Lunatic asylums in Bengal annual reports 1899-1911 - 1899-1911
Year: 1899
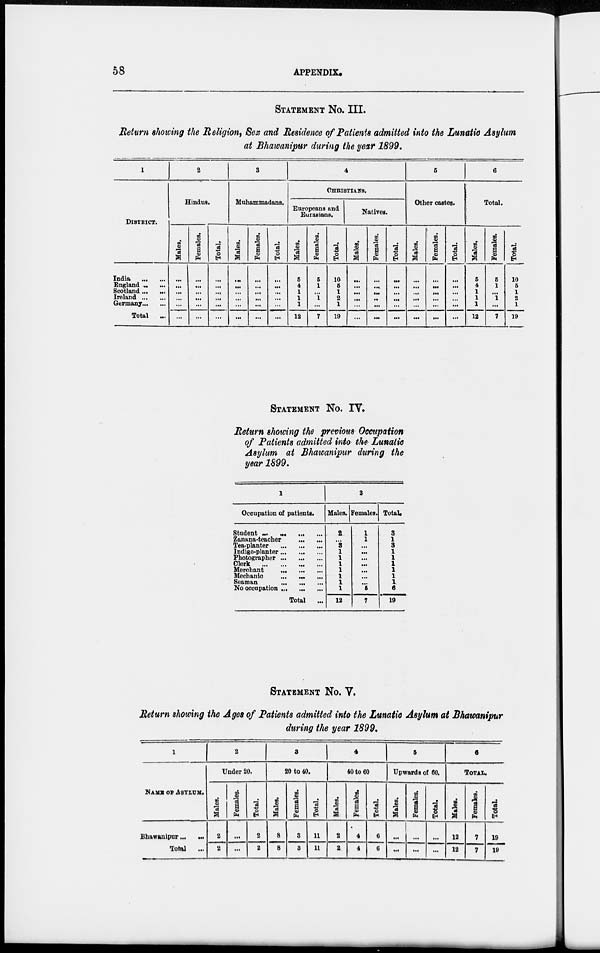
58
APPENDIX.
STATEMENT No. III.
Return showing the Religion, Sex and Residence of Patients admitted into the Lunatic Asylum
at Bhawanipur during the year 1899.
1
DISTRICT.
India ... ...
England ... ...
Scotland ... ...
Ireland ... ...
Germany ... ...
Total ...
2
Hindus.
Males.
...
...
...
...
...
...
Females.
...
...
...
...
...
...
Total.
...
...
...
...
...
...
3
Muhammadans.
Males.
...
...
...
...
...
...
Females.
...
...
...
...
...
...
Total.
...
...
...
...
...
...
4
CHRISTIANS.
Europeans and
Eurasians.
Males.
5
4
1
1
1
12
Females.
5
1
...
1
...
7
Total.
10
5
1
2
1
19
Natives.
Males.
...
...
...
...
...
...
Females.
...
...
...
...
...
...
Total.
...
...
...
...
...
...
5
Other castes.
Males.
...
...
...
...
...
...
Females.
...
...
...
...
...
...
Total.
...
...
...
...
...
...
6
Total.
Males.
5
4
1
1
1
12
Females.
5
1
...
1
...
7
Total.
10
5
1
2
1
19
STATEMENT No. IV.
Return showing the previous Occupation
of Patients admitted into the Lunatic
Asylum at Bhawanipur during the
year 1899.
1
Occupation of patients.
Student ... ...
... ...
Zanana-teacher
...
...
Tea-planter ... ... ... ...
Indigo-planter
...
...
Photographer
...
...
Clerk
...
...
Merchant ... ... ... ...
Mechanic
...
... ...
Seaman
...
...
...
...
No occupation ... ...
Total ...
2
Males.
2
...
8
1
1
1
1
1
1
1
12
Females.
1
1
...
...
...
...
...
...
...
5
7
Total.
3
1
3
1
1
1
1
1
1
6
19
STATEMENT No. V.
Return showing the Ages of Patients admitted into the Lunatic Asylum at Bhawanipur
during the year 1899.
1
NAME OF ASYLUM.
Bhawanipur ... ...
Total
...
2
Under 20.
Males.
2
2
Females.
...
...
Total.
2
2
3
20 to 40.
Males.
8
8
Females.
3
3
Total.
11
11
4
40 to 60
Males.
2
2
Females.
4
4
Total.
6
6
5
Upwards of 60.
Males.
...
...
Females.
...
...
Total.
...
...
6
TOTAL.
Males.
12
12
Females.
7
7
Total.
19
19